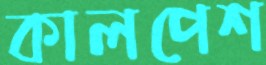
কালপেশ